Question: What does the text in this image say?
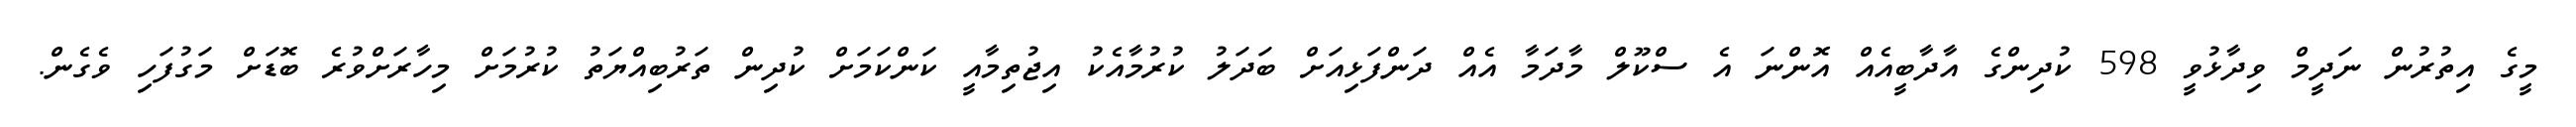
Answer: މީގެ އިތުރުން ނަދީމް ވިދާޅުވީ 598 ކުދިންގެ އާދާބީއެއް އޮންނަ އެ ސްކޫލް މާދަމާ އެއް ދަންފަޅިއަށް ބަދަލު ކުރުމާއެކު އިޖުތިމާއީ ކަންކަމަށް ކުދިން ތަރުބިއްޔަތު ކުރުމަށް މިހާރަށްވުރެ ބޮޑަށް މަގުފަހި ވެގެން.